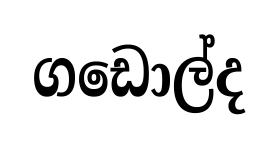
ගඩොල්ද